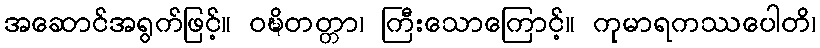
အဆောင်အရွက်ဖြင့်။ ဝဍ္ဎိတတ္တာ၊ ကြီးသောကြောင့်။ ကုမာရကဿပေါတိ၊